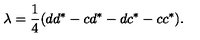
\lambda = { \frac { 1 } { 4 } } ( d d ^ { * } - c d ^ { * } - d c ^ { * } - c c ^ { * } ) .